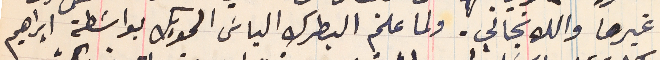
غيرها والله نجاني. ولما علم البطرك الياسَ الحويك بواسَطة ابراهيم